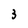
Character: 3